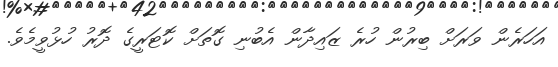
އަހަރެން ވަރަށް ބިރުން ހުރެ ޒައިދާން އެބުނި ގޮތަށް ކޮޓަރީގެ ދޮރު ހުޅުވީމެވެ.